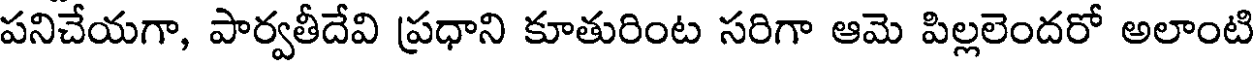
పనిచేయగా, పార్వతీదేవి ప్రధాని కూతురింట సరిగా ఆమె పిల్లలెందరో అలాంటి